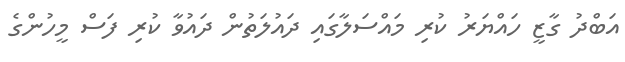
އަބްދު ގާޒީ ހައްޔަރު ކުރި މައްސަލާގައި ދައުލަތުން ދައުވާ ކުރި ފަސް މީހުންގެ